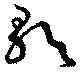
歌